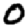
Digit: 0